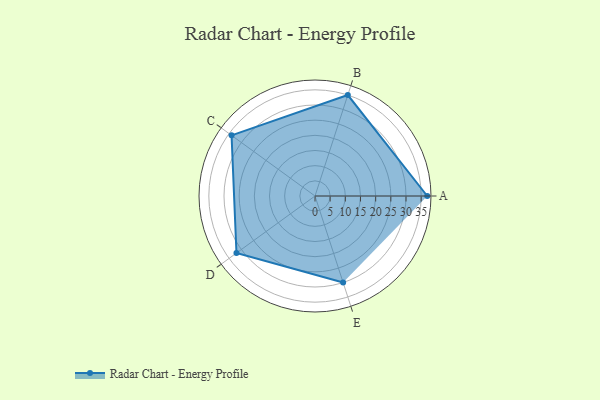
{"axis": {"x": "Skill", "y": "Score"}, "legend": ["Profile"], "data": [{"x": "A", "y": 37.0, "type": "Profile"}, {"x": "B", "y": 35.0, "type": "Profile"}, {"x": "C", "y": 34.0, "type": "Profile"}, {"x": "D", "y": 32.0, "type": "Profile"}, {"x": "E", "y": 30.0, "type": "Profile"}]}